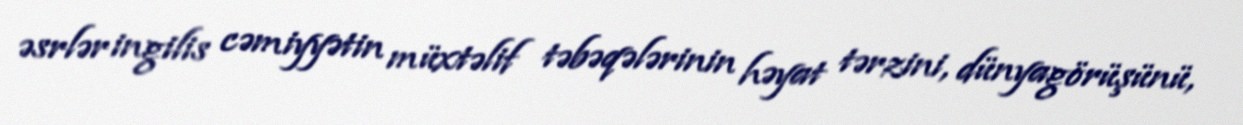
əsrlər ingilis cəmiyyətin müxtəlif təbəqələrinin həyat tərzini, dünyagörüşünü,